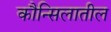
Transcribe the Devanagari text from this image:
कौन्सिलातील